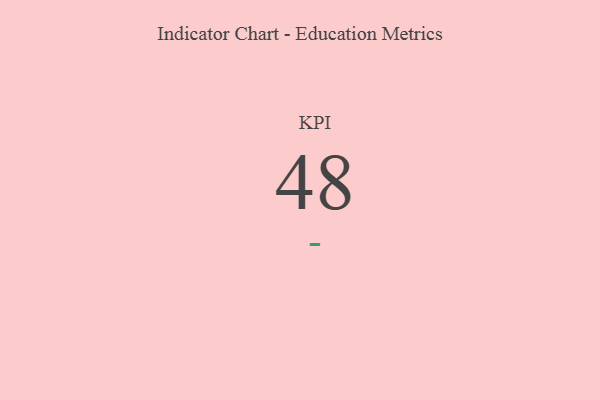
{"axis": {"x": "KPI", "y": "Value"}, "legend": [""], "data": [{"x": "KPI", "y": 48, "type": ""}]}